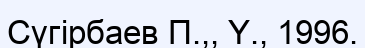
Сүгірбаев П.,, Ү., 1996.